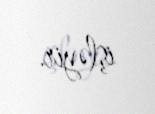
işləyir.